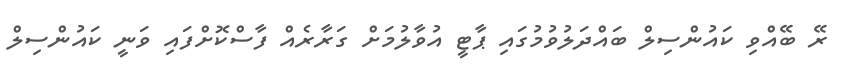
ރޭ ބޭއްވި ކައުންސިލް ބައްދަލުވުމުގައި ޕާޓީ އުވާލުމަށް ގަރާރެއް ފާސްކޮށްފައި ވަނީ ކައުންސިލް